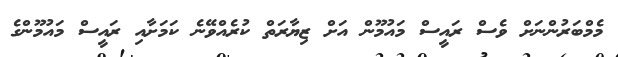
މެމްބަރުންނަށް ވެސް ރައީސް މައުމޫން އަށް ޒިޔާރަތް ކުރެއްވޭނެ ކަމަށާއި ރައީސް މައުމޫންގެ